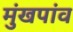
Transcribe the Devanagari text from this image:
मुंखपांव